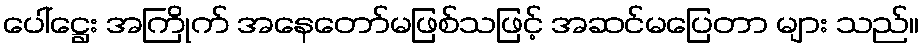
ပေါ်ဋ္ဌေး အကြိုက် အနေတော်မဖြစ်သဖြင့် အဆင်မပြေတာ များ သည်။